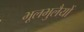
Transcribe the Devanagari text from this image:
भूलभुलैयों